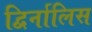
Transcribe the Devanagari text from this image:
द्विर्नालिस